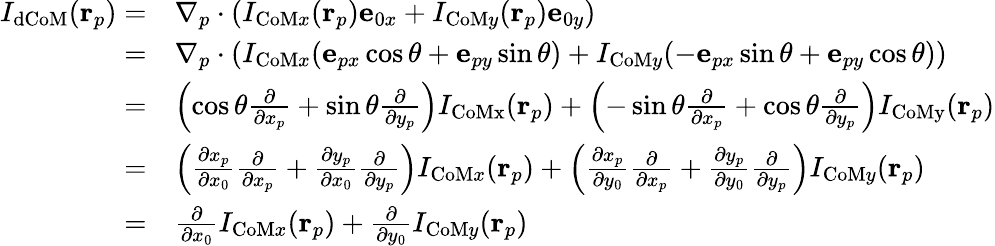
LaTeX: \begin{array}{rl}{I_{\mathrm{dCoM}}(\mathbf{r}_{p})=}&{\nabla_{p}\cdot\left(I_{\mathrm{CoM}x}(\mathbf{r}_{p})\mathbf{e}_{0x}+I_{\mathrm{CoM}y}(\mathbf{r}_{p})\mathbf{e}_{0y}\right)}\\ {=}&{\nabla_{p}\cdot\left(I_{\mathrm{CoM}x}(\mathbf{e}_{px}\cos\theta+\mathbf{e}_{py}\sin\theta)+I_{\mathrm{CoM}y}(-\mathbf{e}_{px}\sin\theta+\mathbf{e}_{py}\cos\theta)\right)}\\ {=}&{\left(\cos\theta\frac{\partial}{\partial x_{p}}+\sin\theta\frac{\partial}{\partial y_{p}}\right)I_{\mathrm{CoMx}}(\mathbf{r}_{p})+\left(-\sin\theta\frac{\partial}{\partial x_{p}}+\cos\theta\frac{\partial}{\partial y_{p}}\right)I_{\mathrm{CoMy}}(\mathbf{r}_{p})}\\ {=}&{\left(\frac{\partial x_{p}}{\partial x_{0}}\frac{\partial}{\partial x_{p}}+\frac{\partial y_{p}}{\partial x_{0}}\frac{\partial}{\partial y_{p}}\right)I_{\mathrm{CoM}x}(\mathbf{r}_{p})+\left(\frac{\partial x_{p}}{\partial y_{0}}\frac{\partial}{\partial x_{p}}+\frac{\partial y_{p}}{\partial y_{0}}\frac{\partial}{\partial y_{p}}\right)I_{\mathrm{CoM}y}(\mathbf{r}_{p})}\\ {=}&{\frac{\partial}{\partial x_{0}}I_{\mathrm{CoM}x}(\mathbf{r}_{p})+\frac{\partial}{\partial y_{0}}I_{\mathrm{CoM}y}(\mathbf{r}_{p})}\end{array}